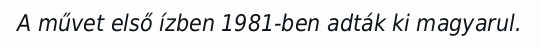
A művet első ízben 1981-ben adták ki magyarul.